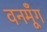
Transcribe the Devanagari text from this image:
वनमूँग